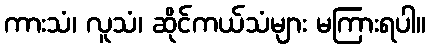
ကားသံ၊ လူသံ၊ ဆိုင်ကယ်သံများ မကြားရပါ။